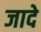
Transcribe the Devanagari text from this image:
जादे